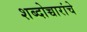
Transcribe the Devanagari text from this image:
शब्दोच्चारांचे